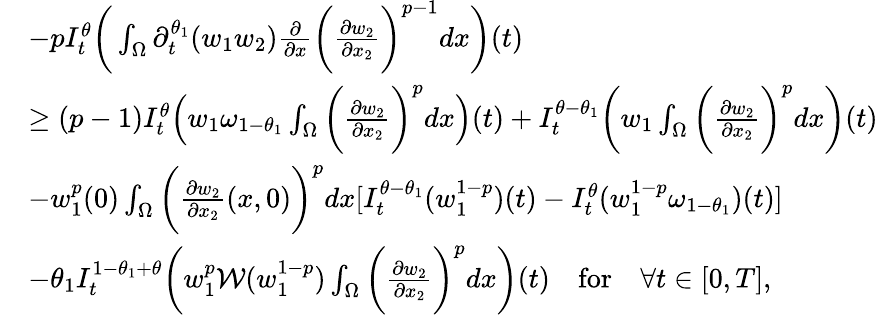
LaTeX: \begin{array}{rl}&{-pI_{t}^{\theta}\bigg(\int_{\Omega}\partial_{t}^{\theta_{1}}(w_{1}w_{2})\frac{\partial}{\partial x}\bigg(\frac{\partial w_{2}}{\partial x_{2}}\bigg)^{p-1}dx\bigg)(t)}\\ &{\geq(p-1)I_{t}^{\theta}\Big(w_{1}\omega_{1-\theta_{1}}\int_{\Omega}\bigg(\frac{\partial w_{2}}{\partial x_{2}}\bigg)^{p}dx\Big)(t)+I_{t}^{\theta-\theta_{1}}\bigg(w_{1}\int_{\Omega}\bigg(\frac{\partial w_{2}}{\partial x_{2}}\bigg)^{p}dx\bigg)(t)}\\ &{-w_{1}^{p}(0)\int_{\Omega}\bigg(\frac{\partial w_{2}}{\partial x_{2}}(x,0)\bigg)^{p}dx[I_{t}^{\theta-\theta_{1}}(w_{1}^{1-p})(t)-I_{t}^{\theta}(w_{1}^{1-p}\omega_{1-\theta_{1}})(t)]}\\ &{-\theta_{1}I_{t}^{1-\theta_{1}+\theta}\bigg(w_{1}^{p}\mathcal{W}(w_{1}^{1-p})\int_{\Omega}\bigg(\frac{\partial w_{2}}{\partial x_{2}}\bigg)^{p}dx\bigg)(t)\quad\mathrm{for}\quad\forall t\in[0,T],}\end{array}